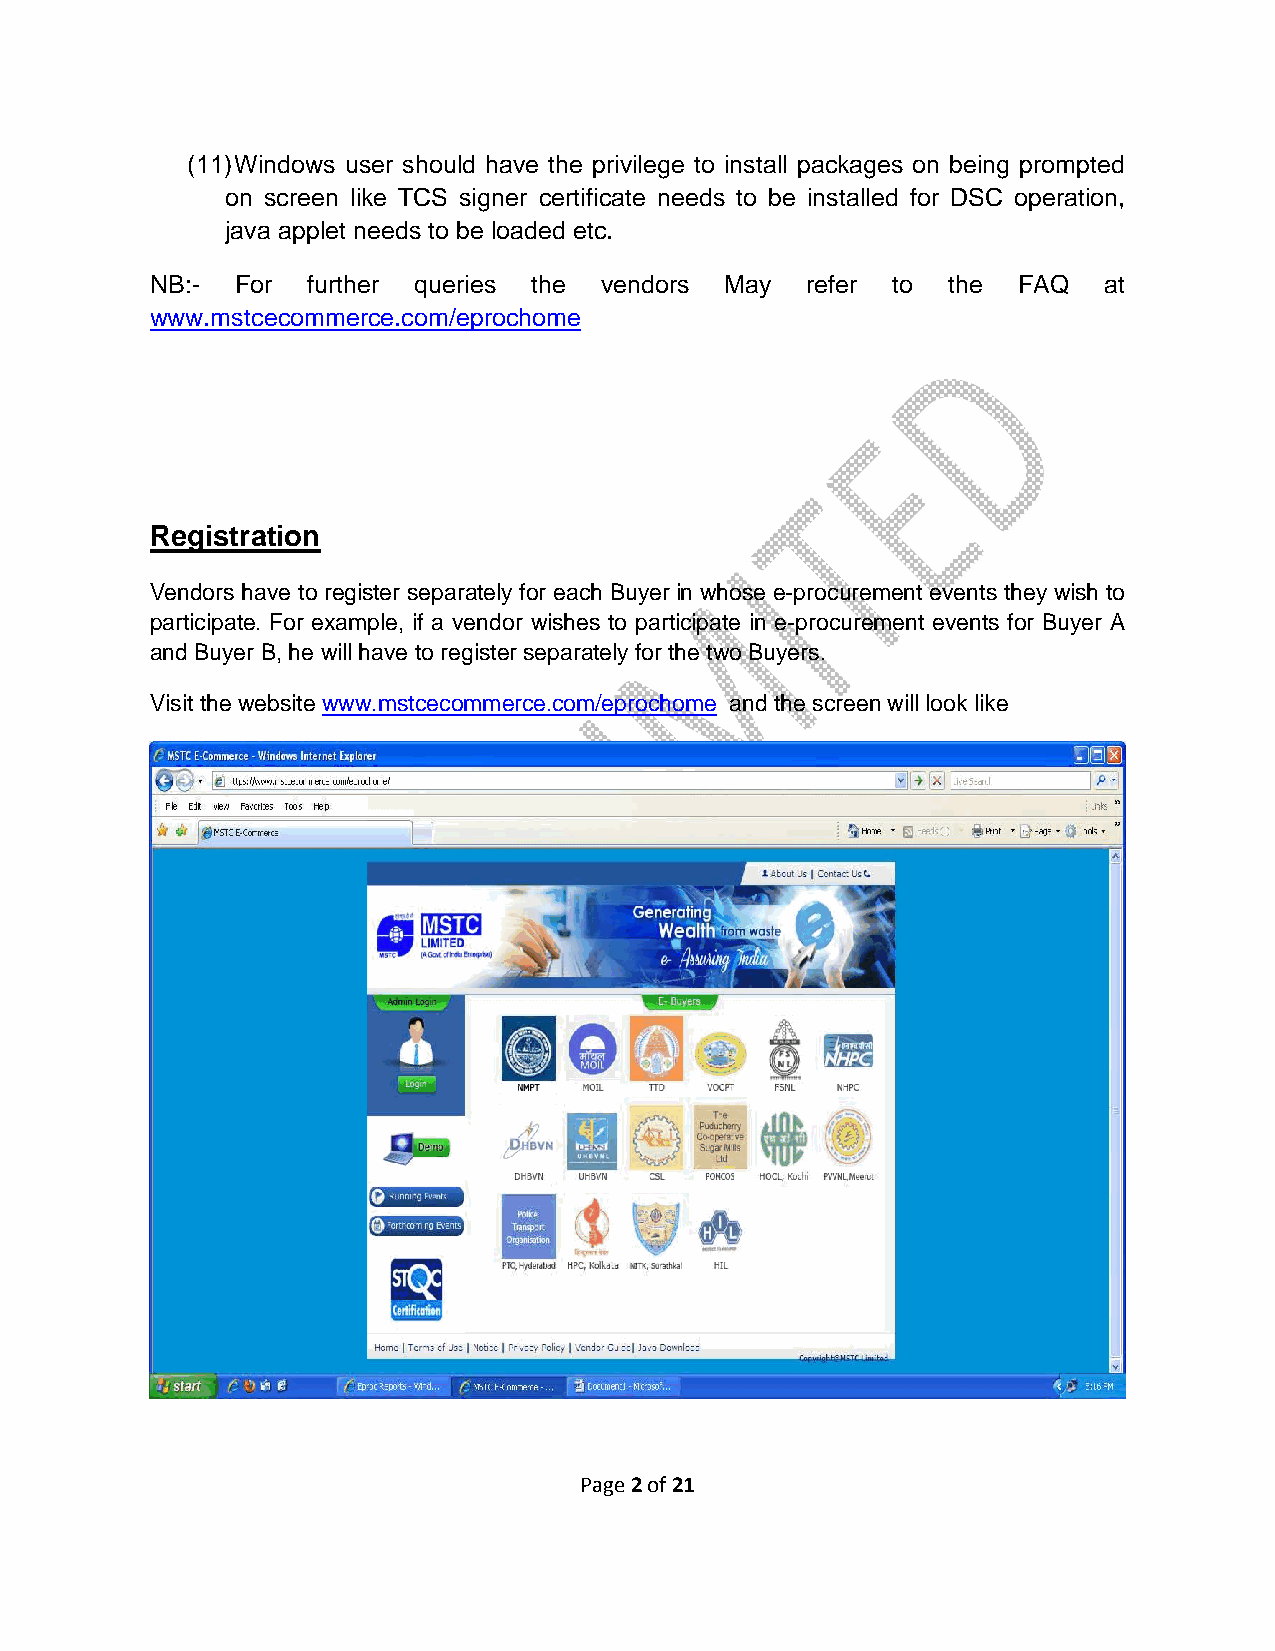
(11) Windows user should have the privilege to install packages on being prompted
 on screen like TCS signer certificate needs to be installed for DSC operation,
 java applet needs to be loaded etc.
 NB:-  For further queries the vendors May  refer to  the FAQ   at
 www.mstcecommerce.com/eprochome
 Registration
 Vendors have to register separately for each Buyer in whose e-procurement events they wish to
 participate. For example, if a vendor wishes to participate in e-procurement events for Buyer A
 and Buyer B, he will have to register separately for the two Buyers.
 Visit the website www.mstcecommerce.com/eprochome and the screen will look like
 Page 2 of 21